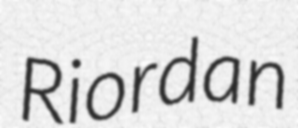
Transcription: Riordan